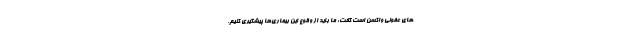
های عفونی واکسن است گفت: ما باید از وقوع این بیماری‌ها پیشگیری کنیم.